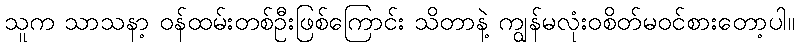
သူက သာသနာ့ ဝန်ထမ်းတစ်ဦးဖြစ်ကြောင်း သိတာနဲ့ ကျွန်မလုံးဝစိတ်မဝင်စားတော့ပါ။